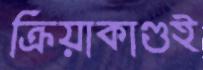
ক্রিয়াকাণ্ডই